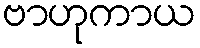
ဗာဟုကာယ